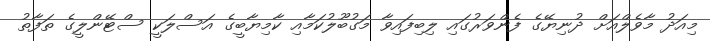
މިއަދު މާވެލްއަށް ދުނިޔޭގެ ފެންވަރުގައި ލިބިފައިވާ މަގުބޫލުކަމާއި ކާމިޔާބީގެ އަސްލަކީ ސްޓޭންލީގެ ތަފާތު